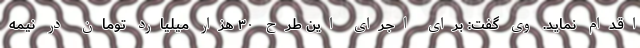
اقدام نماید. وی گفت: برای اجرای این طرح ۳۰ هزار میلیارد تومان در نیمه